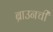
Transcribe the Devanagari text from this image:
ब्राउनची